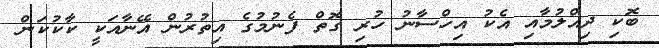
ބޮކި ދިއްލުމާއި އެކު އިހްސާނު ހުރި ގޮތް ފެނުމުގެ އިތުރުން އޭނާއަކީ ކާކުކަން